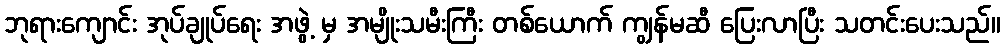
ဘုရားကျောင်း အုပ်ချုပ်ရေး အဖွဲ့ မှ အမျိုးသမီးကြီး တစ်ယောက် ကျွန်မဆီ ပြေးလာပြီး သတင်းပေးသည်။